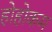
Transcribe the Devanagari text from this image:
होहोकम